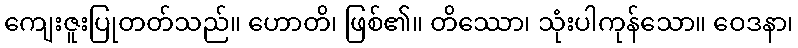
ကျေးဇူးပြုတတ်သည်။ ဟောတိ၊ ဖြစ်၏။ တိဿော၊ သုံးပါကုန်သော။ ဝေဒနာ၊